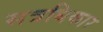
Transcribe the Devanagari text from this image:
सत्रधिकार